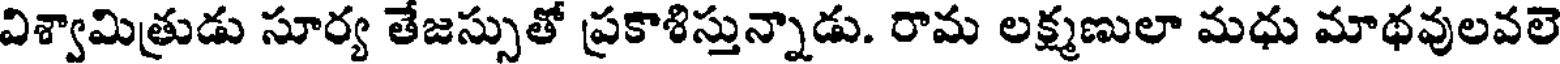
విశ్వామిత్రుడు సూర్య తేజస్సుతో ప్రకాశిస్తున్నాడు. రామ లక్ష్మణులా మధు మాథవులవలె